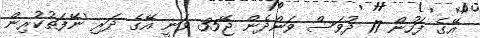
އޭގެ ފަހުން 17 ދުވަސް ވަންދެން ޖޭ35 ވަނީ އޭގެ ދަރި 'ނޭފަތުކުރިން